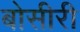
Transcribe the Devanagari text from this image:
बोसीरी